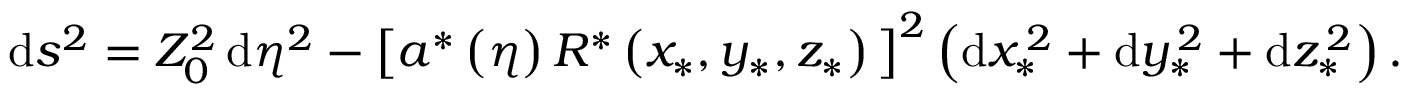
\begin{array} { r } { \begin{array} { r c l } { \displaystyle \mathrm { d } s ^ { 2 } = Z _ { 0 } ^ { 2 } \, \mathrm { d } \eta ^ { 2 } - \big [ a ^ { \ast } \left( \eta \right) R ^ { \ast } \left( x _ { \ast } , y _ { \ast } , z _ { \ast } \right) \big ] ^ { 2 } \left( \mathrm { d } x _ { \ast } ^ { \, 2 } + \mathrm { d } y _ { \ast } ^ { \, 2 } + \mathrm { d } z _ { \ast } ^ { \, 2 } \right) . } \end{array} } \end{array}